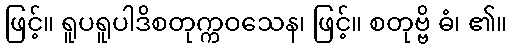
ဖြင့်။ ရူပရူပါဒိစတုက္ကဝသေန၊ ဖြင့်။ စတုဗ္ဗိ ဓံ၊ ၏။